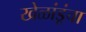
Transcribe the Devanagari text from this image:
खेळांडूंचा